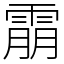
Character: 䨜